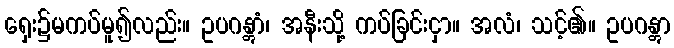
ရှေး၌မကပ်မူ၍လည်း။ ဥပဂန္တွာံ၊ အနီးသို့ ကပ်ခြင်းငှာ။ အလံ၊ သင့်၏။ ဥပဂန္တွာ